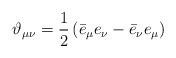
LaTeX: \begin{align*}\vartheta _{\mu \nu }=\frac{1}{2}\left( \bar{e}_{\mu }e_{\nu }-\bar{e}_{\nu}e_{\mu }\right)\end{align*}